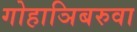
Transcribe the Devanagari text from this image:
गोहाञिबरुवा